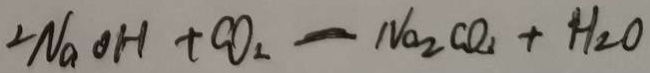
2 N a O H + C O _ { 2 } - N a _ { 2 } C O _ { 2 } + H _ { 2 } O